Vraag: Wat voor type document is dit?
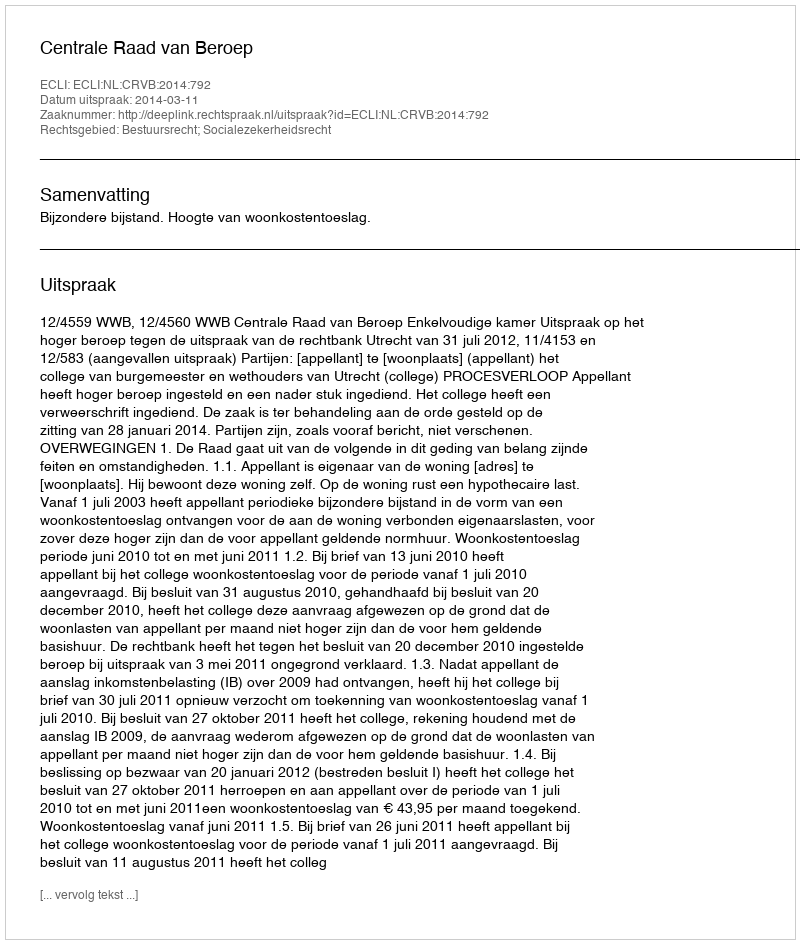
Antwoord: Uitspraak